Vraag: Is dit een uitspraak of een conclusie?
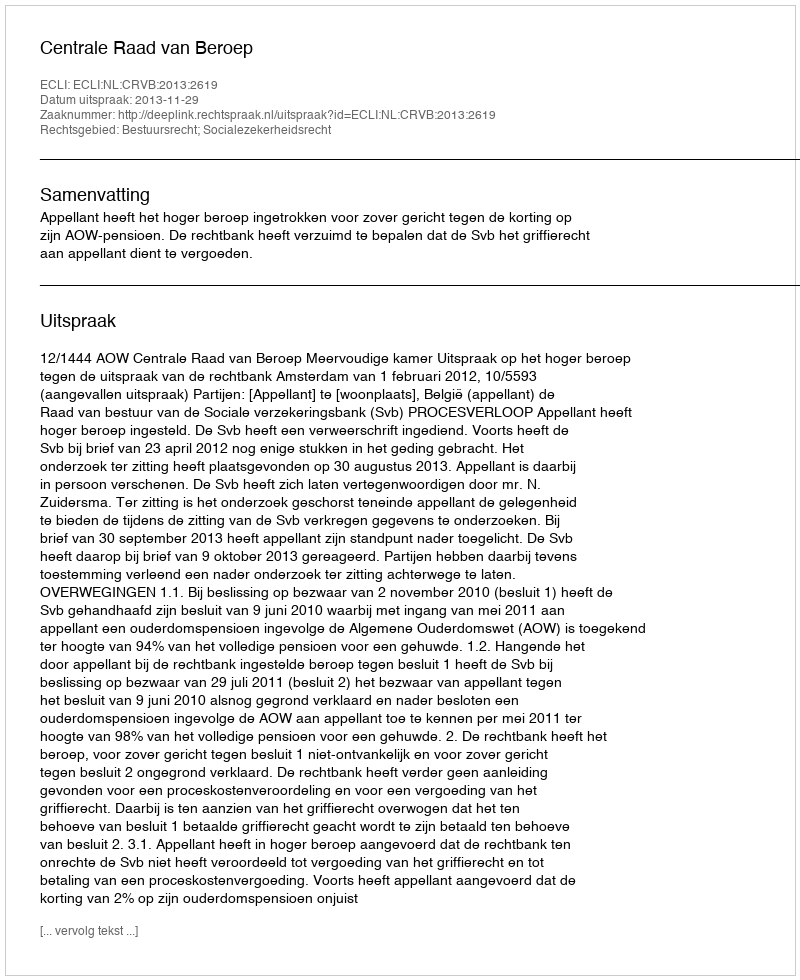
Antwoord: Uitspraak